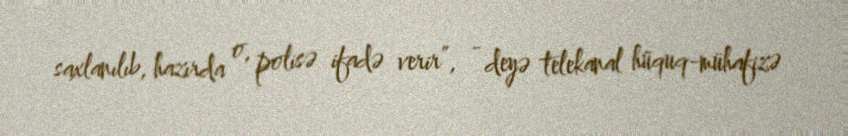
saxlanılıb, hazırda o, polisə ifadə verir”, - deyə telekanal hüquq-mühafizə